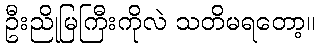
ဦးညိုမြကြီးကိုလဲ သတိမရတော့။